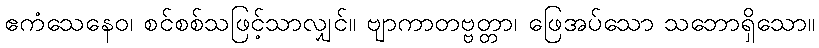
ဧကံသေနေဝ၊ စင်စစ်သဖြင့်သာလျှင်။ ဗျာကာတဗ္ဗတ္တာ၊ ဖြေအပ်သော သဘောရှိသော။